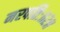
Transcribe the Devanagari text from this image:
नरपतिः॥२॥